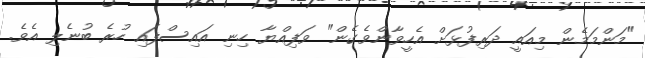
"މަންމަމެން މިއައީ ދަރިފުޅަށް އެހީވާންވެގެން" ވަފިއްޔާ ހިނި އައިސްފައި ހުރެ ބުނެލި އެވެ.